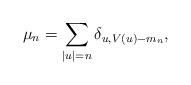
LaTeX: \begin{align*} \mu_n = \sum_{|u|=n} \delta_{u,V(u)-m_n},\end{align*}